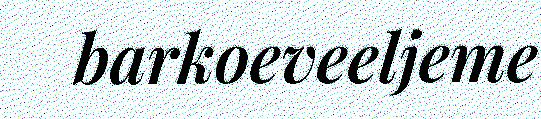
barkoeveeljeme